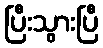
ပြီးသွားပြီ